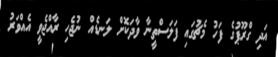
އަދި ގްރޫޕުގެ ފަހު މެޗުގައި ފަލަސްތީނާ ވާދަކޮށް ލަނޑެއް ނުޖެހި ރާއްޖެވީ އެއްވަރު